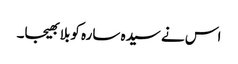
اس نے سیدہ سارہ کو بلا بھیجا۔